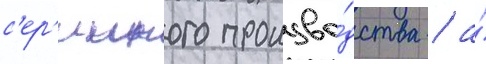
с'ер'ииного произво́дства / а́